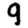
Digit: 9